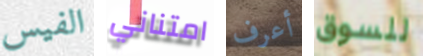
الفيس امتناني أعرف للسوق